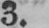
3.